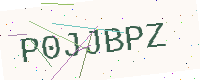
Text: P0JJBPZ